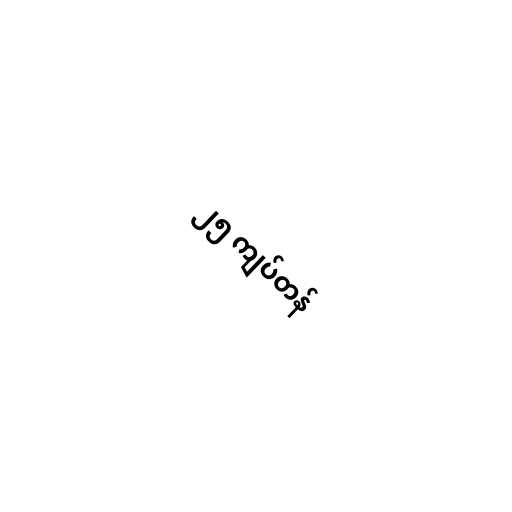
၂၅ ကျပ်တန်